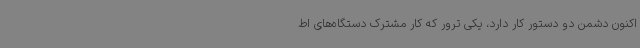
اکنون دشمن دو دستور کار دارد، یکی ترور که کار مشترک دستگاه‌های اط